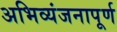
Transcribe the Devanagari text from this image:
अभिव्यंजनापूर्ण